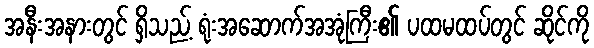
အနီးအနားတွင် ရှိသည့် ရုံးအဆောက်အအုံကြီး၏ ပထမထပ်တွင် ဆိုင်ကို